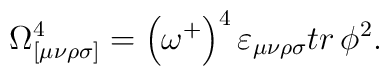
\Omega _{[\mu \nu \rho \sigma ]}^4=\left( \omega ^{+}\right) ^4\varepsilon_{\mu \nu \rho \sigma }tr\,\phi ^2.